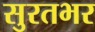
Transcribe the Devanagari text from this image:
सुरतभर